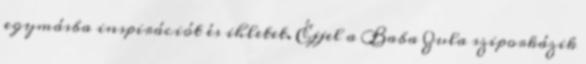
egymásba inspirációt és ihletet. Éjjel a Baba Zula sziporkázik